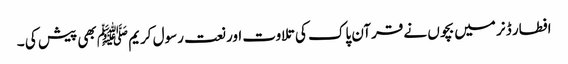
افطار ڈنر میں بچوں نے قرآن پاک کی تلاوت اور نعت رسول کریم ﷺ بھی پیش کی ۔